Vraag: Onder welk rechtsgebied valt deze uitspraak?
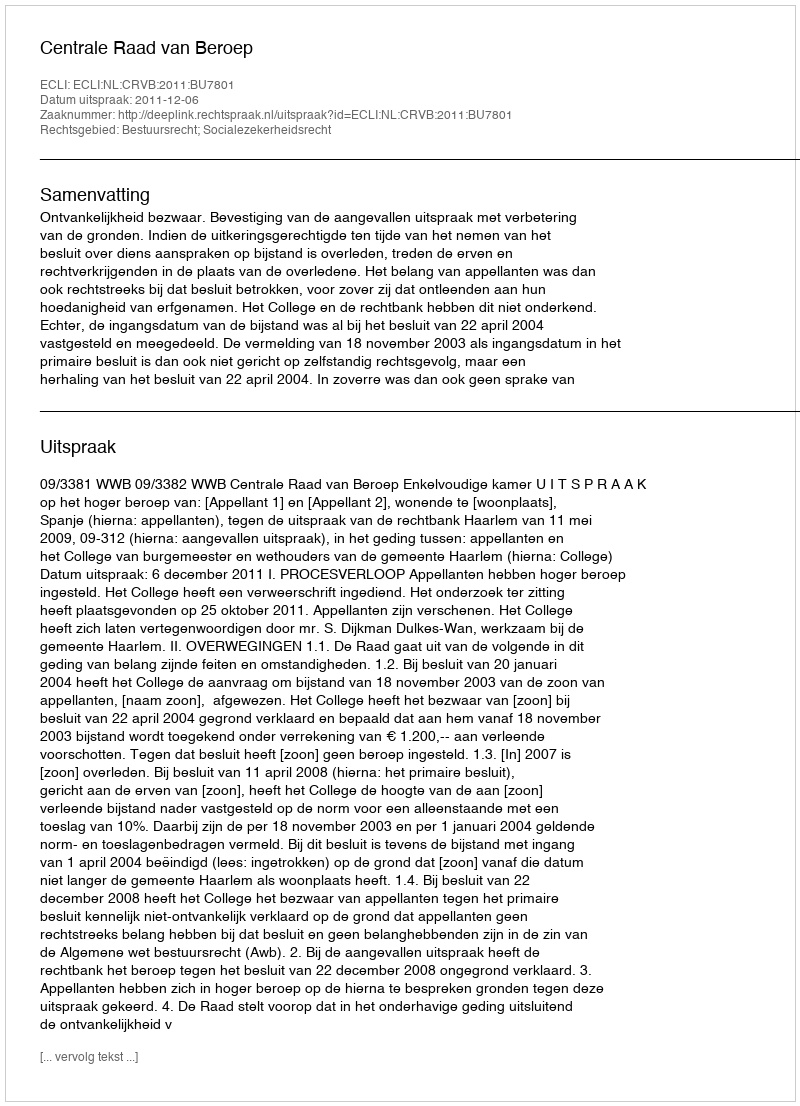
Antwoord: Bestuursrecht; Socialezekerheidsrecht